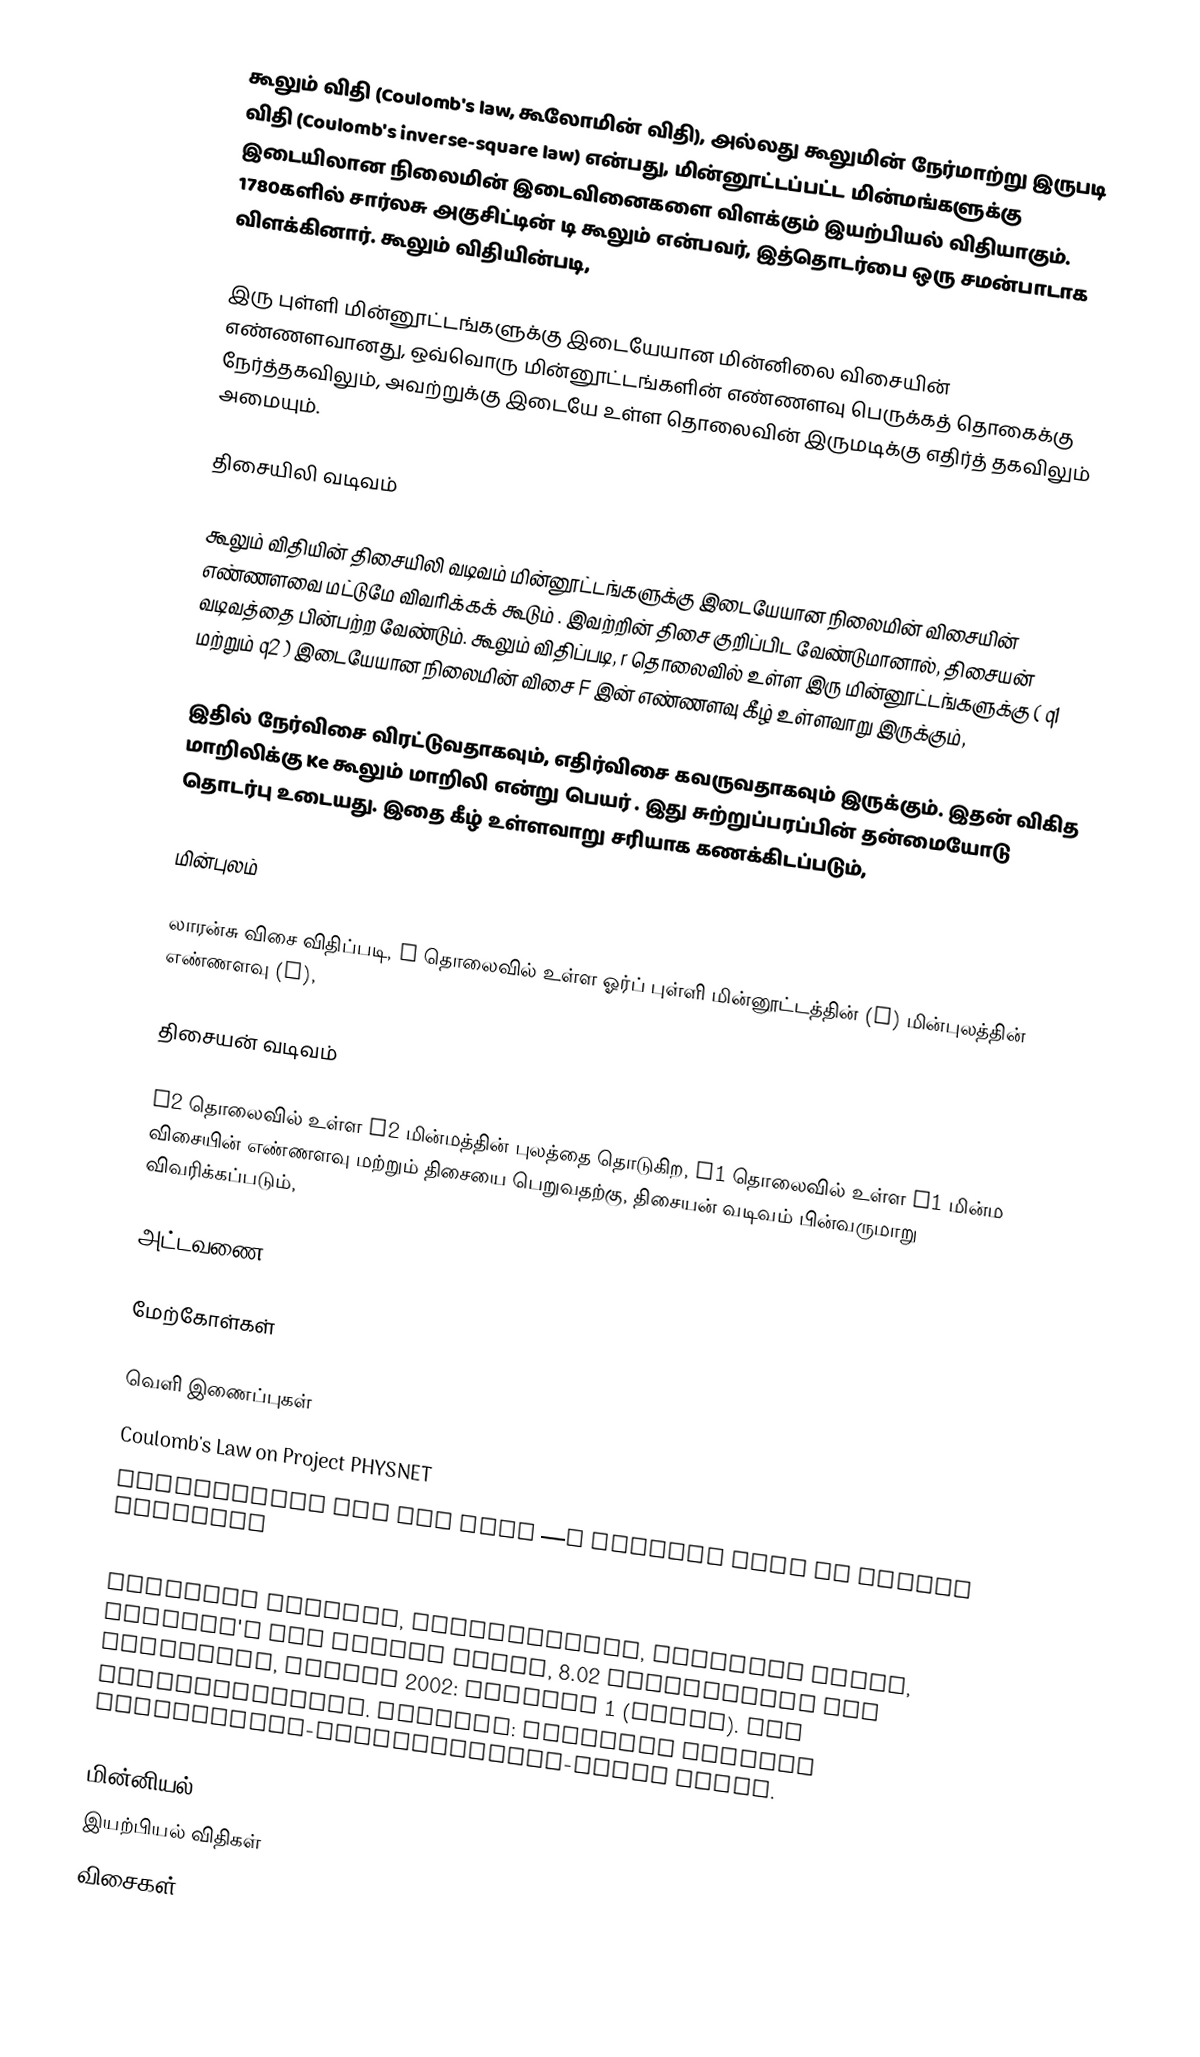
கூலும் விதி (Coulomb's law, கூலோமின் விதி), அல்லது கூலுமின் நேர்மாற்று இருபடி விதி (Coulomb's inverse-square law) என்பது, மின்னூட்டப்பட்ட மின்மங்களுக்கு இடையிலான நிலைமின் இடைவினைகளை விளக்கும் இயற்பியல் விதியாகும். 1780களில் சார்லசு அகுசிட்டின் டி கூலும் என்பவர், இத்தொடர்பை ஒரு சமன்பாடாக விளக்கினார். கூலும் விதியின்படி,

இரு புள்ளி மின்னூட்டங்களுக்கு இடையேயான மின்னிலை விசையின் எண்ணளவானது, ஒவ்வொரு மின்னூட்டங்களின் எண்ணளவு பெருக்கத் தொகைக்கு நேர்த்தகவிலும், அவற்றுக்கு இடையே உள்ள தொலைவின் இருமடிக்கு எதிர்த் தகவிலும் அமையும்.

திசையிலி வடிவம்

கூலும் விதியின் திசையிலி வடிவம் மின்னூட்டங்களுக்கு இடையேயான நிலைமின் விசையின் எண்ணளவை மட்டுமே விவரிக்கக் கூடும் . இவற்றின் திசை குறிப்பிட வேண்டுமானால், திசையன் வடிவத்தை பின்பற்ற வேண்டும். கூலும் விதிப்படி, r தொலைவில் உள்ள இரு மின்னூட்டங்களுக்கு ( q1 மற்றும் q2 ) இடையேயான நிலைமின் விசை F இன் எண்ணளவு கீழ் உள்ளவாறு இருக்கும்,

இதில் நேர்விசை விரட்டுவதாகவும், எதிர்விசை கவருவதாகவும் இருக்கும். இதன் விகித மாறிலிக்கு Ke கூலும் மாறிலி என்று பெயர் . இது சுற்றுப்பரப்பின் தன்மையோடு தொடர்பு உடையது. இதை கீழ் உள்ளவாறு சரியாக கணக்கிடப்படும்,

மின்புலம்

லாரன்சு விசை விதிப்படி, r தொலைவில் உள்ள ஓர்ப் புள்ளி மின்னூட்டத்தின் (q) மின்புலத்தின் எண்ணளவு (E),

திசையன் வடிவம்

r2 தொலைவில் உள்ள  q2 மின்மத்தின் புலத்தை தொடுகிற, r1 தொலைவில் உள்ள q1 மின்ம விசையின் எண்ணளவு மற்றும் திசையை பெறுவதற்கு, திசையன் வடிவம் பின்வருமாறு விவரிக்கப்படும்,

அட்டவணை

மேற்கோள்கள்

வெளி இணைப்புகள்
 Coulomb's Law on Project PHYSNET
 Electricity and the Atom —a chapter from an online textbook
 A maze game for teaching Coulomb's Law—a game created by the Molecular Workbench software
 Electric Charges, Polarization, Electric Force, Coulomb's Law  Walter Lewin, 8.02 Electricity and Magnetism, Spring 2002: Lecture 1 (video). MIT OpenCourseWare. License: Creative Commons Attribution-Noncommercial-Share Alike.

மின்னியல்
இயற்பியல் விதிகள்
விசைகள்